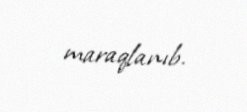
maraqlanıb.